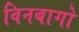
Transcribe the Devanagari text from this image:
विनबागो